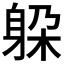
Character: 躱